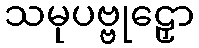
သမုပဗ္ဗုဠှော